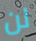
لن